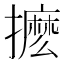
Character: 𭢹